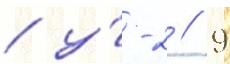
/ у́-2 // 9